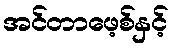
အင်တာဖေ့စ်နှင့်